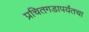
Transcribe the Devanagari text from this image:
प्रचितगडापर्यंतचा